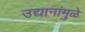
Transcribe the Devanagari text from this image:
उद्यानांमुळे